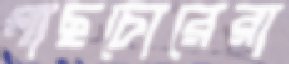
গাছচোরেরা